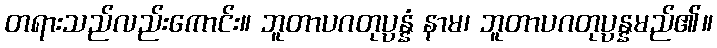
တရားသည်လည်းကောင်း။ ဘူတာပဂတုပ္ပန္နံ နာမ၊ ဘူတာပဂတုပ္ပန္နမည်၏။